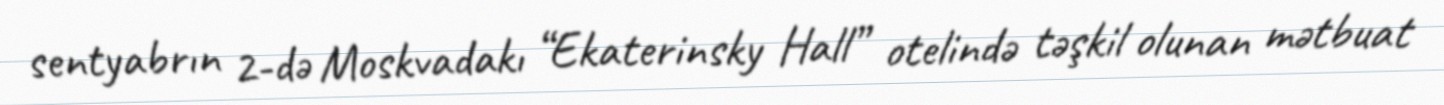
sentyabrın 2-də Moskvadakı “Ekaterinsky Hall” otelində təşkil olunan mətbuat